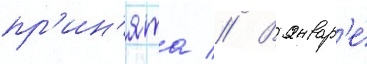
пр'ин'ята // В январ'е́